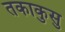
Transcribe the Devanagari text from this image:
तकाकुसु